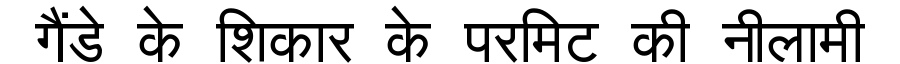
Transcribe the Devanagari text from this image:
गैंडे के शिकार के परमिट की नीलामी